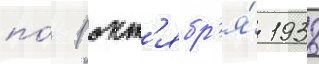
по́ 1 окт'ябр'я́ 1938